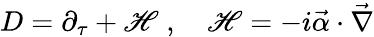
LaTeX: D=\partial_{\tau}+\mathscr{H}\; ,\quad\mathscr{H}=-i{\vec{{\alpha}}\cdot\vec{{\nabla}}}